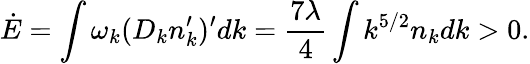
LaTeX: \dot{E}=\int\omega_{k}(D_{k}n_{k}^{\prime})^{\prime}dk=\frac{7\lambda}{4}\int k^{5/2}n_{k}dk>0.